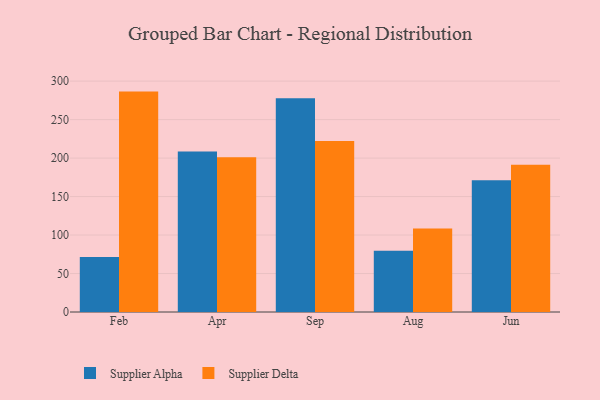
{"axis": {"x": "Month", "y": "Bounce Rate (%)"}, "legend": ["Supplier Alpha", "Supplier Delta"], "data": [{"x": "Feb", "y": 71.4, "type": "Supplier Alpha"}, {"x": "Feb", "y": 286.4, "type": "Supplier Delta"}, {"x": "Apr", "y": 208.6, "type": "Supplier Alpha"}, {"x": "Apr", "y": 201.0, "type": "Supplier Delta"}, {"x": "Sep", "y": 277.7, "type": "Supplier Alpha"}, {"x": "Sep", "y": 222.2, "type": "Supplier Delta"}, {"x": "Aug", "y": 79.5, "type": "Supplier Alpha"}, {"x": "Aug", "y": 108.6, "type": "Supplier Delta"}, {"x": "Jun", "y": 171.2, "type": "Supplier Alpha"}, {"x": "Jun", "y": 191.5, "type": "Supplier Delta"}]}